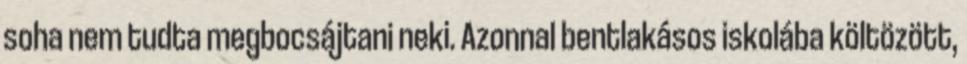
soha nem tudta megbocsájtani neki. Azonnal bentlakásos iskolába költözött,